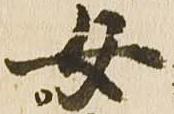
女